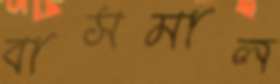
বাসমাল